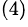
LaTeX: ^{(4)}